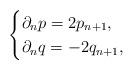
LaTeX: \begin{align*}\begin{cases}\partial_np= 2p_{n+1},\\\partial_nq=-2q_{n+1},\end{cases}\end{align*}